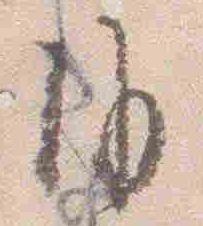
沙